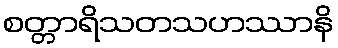
စတ္တာရိသတသဟဿာနိ